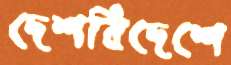
দেশবিদেশে